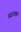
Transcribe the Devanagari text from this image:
स्वच्छद